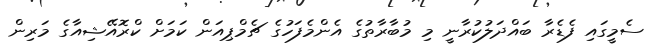
ސެމީގައި ފެޑެރާ ބައްދަލުކުރާނީ މި މުބާރާތުގެ އެންމެފަހުގެ ޗެމްޕިއަން ކަމަށް ކްރޮއޭޝިއާގެ މަރިން